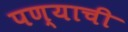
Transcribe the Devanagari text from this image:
पण्याची